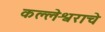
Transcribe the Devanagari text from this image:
कल्लेश्वराचे